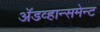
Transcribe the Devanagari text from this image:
अॅडव्हान्समेन्ट